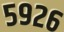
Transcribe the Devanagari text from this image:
५९२६